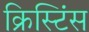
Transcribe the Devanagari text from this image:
क्रिस्टिंस